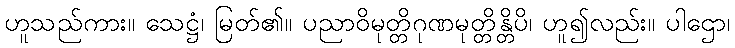
ဟူသည်ကား။ သေဋ္ဌံ၊ မြတ်၏။ ပညာဝိမုတ္တိဂုဏမုတ္တိန္တိပိ၊ ဟူ၍လည်း။ ပါဌော၊